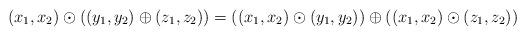
LaTeX: \begin{align*} (x_1,x_2)\odot((y_1,y_2)\oplus(z_1,z_2))=((x_1,x_2)\odot(y_1,y_2))\oplus((x_1,x_2)\odot(z_1,z_2))\end{align*}